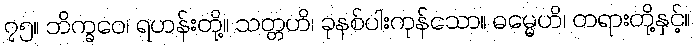
၇၅။ ဘိက္ခဝေ၊ ရဟန်းတို့။ သတ္တဟိ၊ ခုနစ်ပါးကုန်သော။ ဓမ္မေဟိ၊ တရားတို့နှင့်။